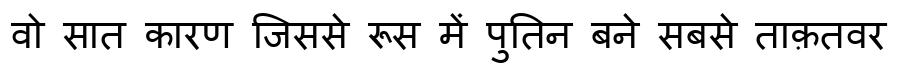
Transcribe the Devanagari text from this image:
वो सात कारण जिससे रूस में पुतिन बने सबसे ताक़तवर